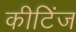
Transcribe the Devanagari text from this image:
कीटिंज